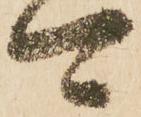
可